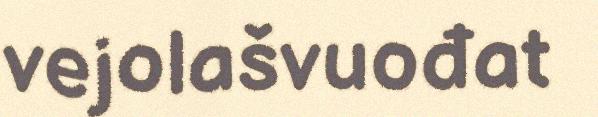
vejolašvuođat